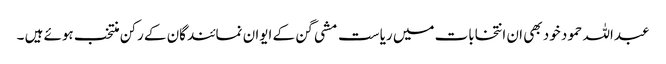
عبداللہ حمود خود بھی ان انتخابات میں ریاست مشی گن کے ایوان نمائندگان کے رکن منتخب ہوئے ہیں ۔